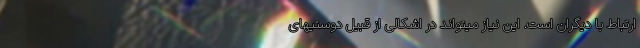
ارتباط با دیگران است. این نیاز میتواند در اشکالی از قبیل دوستیهای